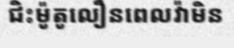
ជិះម៉ូតូលឿនពេលវ៉ាមិន